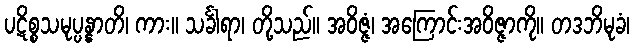
ပဋိစ္စသမုပ္ပန္နာတိ၊ ကား။ သင်္ခါရာ၊ တို့သည်။ အဝိဇ္ဇံ၊ အကြောင်းအဝိဇ္ဇာကို။ တဒဘိမုခံ၊